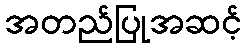
အတည်ပြုအဆင့်